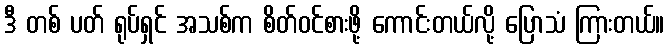
ဒီ တစ် ပတ် ရုပ်ရှင် အသစ်က စိတ်ဝင်စားဖို့ ကောင်းတယ်လို့ ပြောသံ ကြားတယ်။